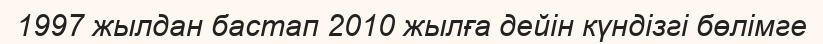
1997 жылдан бастап 2010 жылға дейін күндізгі бөлімге